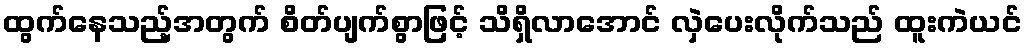
ထွက်နေသည့်အတွက် စိတ်ပျက်စွာဖြင့် သိရှိလာအောင် လှဲပေးလိုက်သည် ထူးကဲယင်